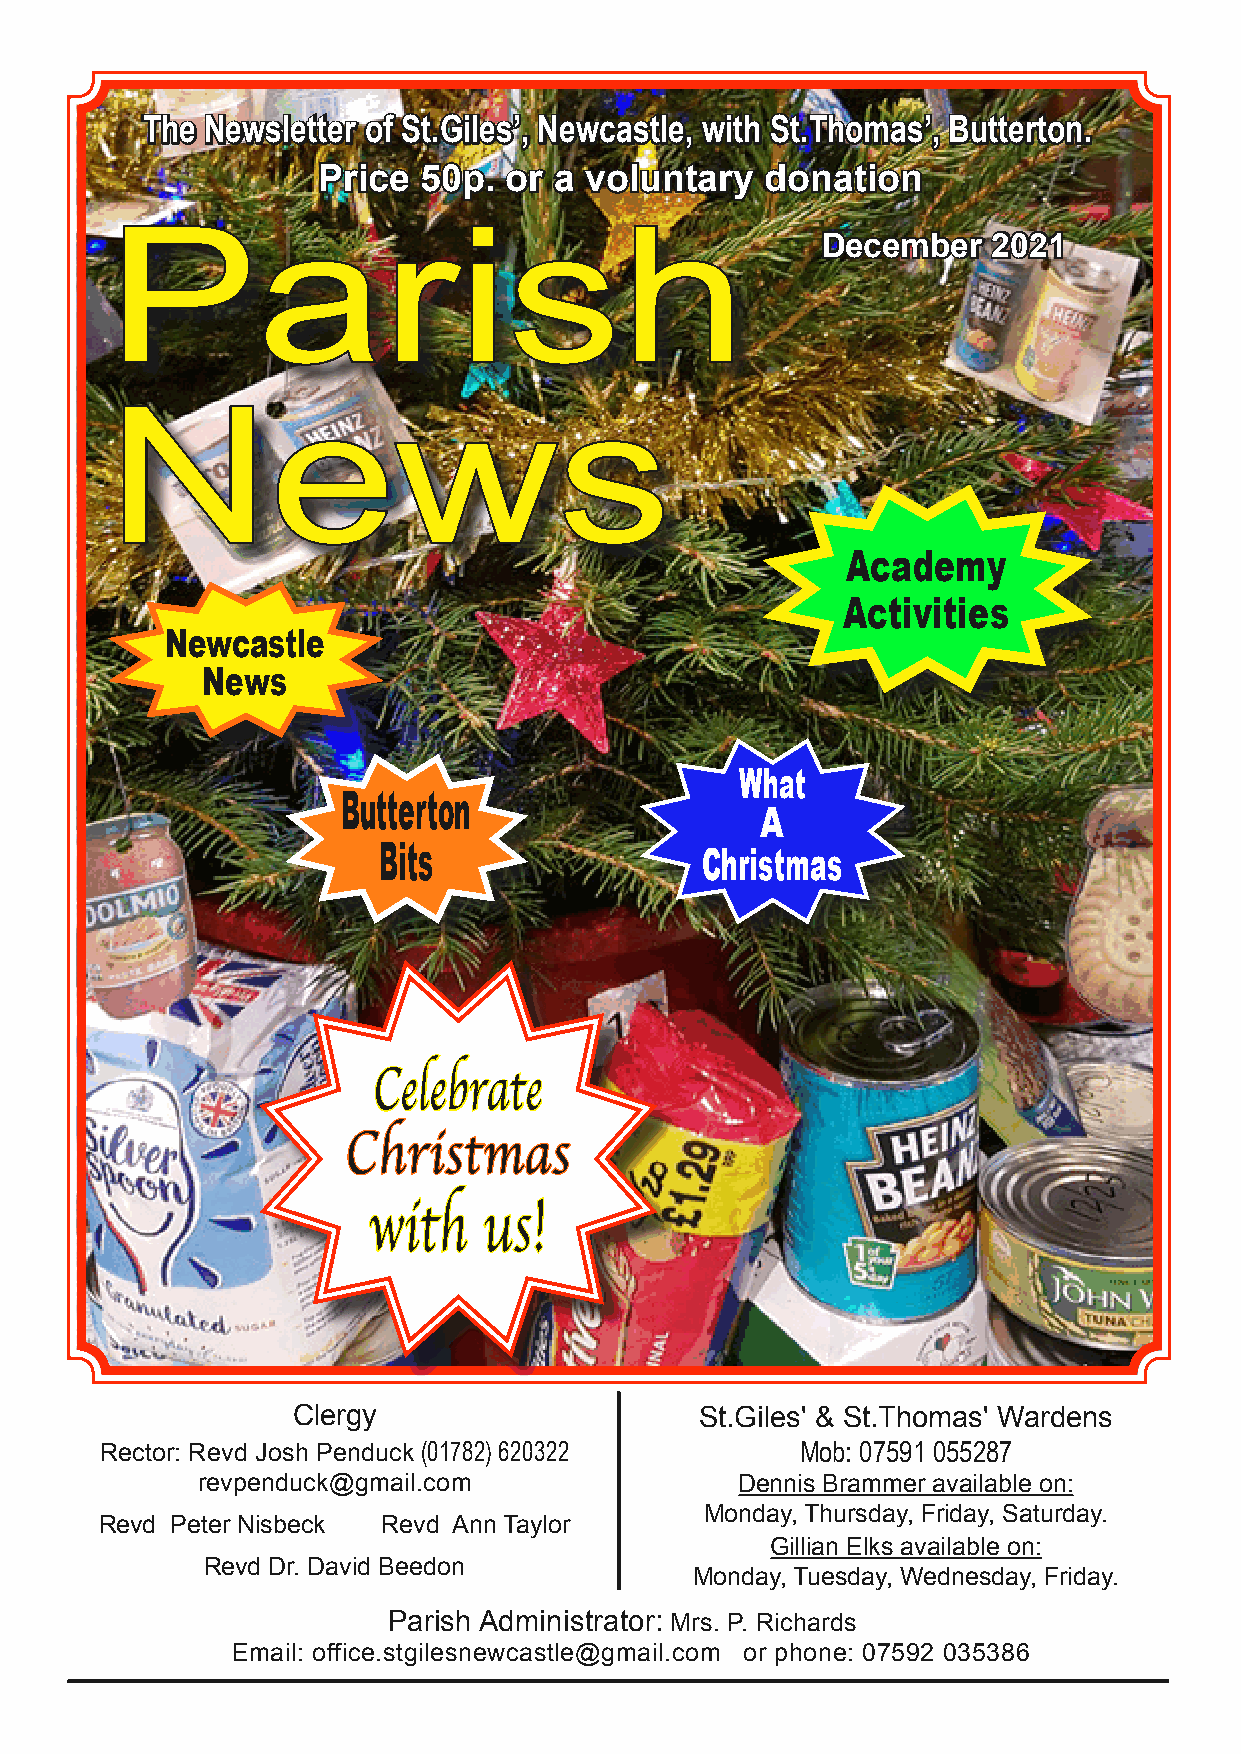
The  Newsletter of St.Giles’, Newcastle, with St.Thomas’, Butterton.
 Price  50p. or  a voluntary   donation
 Parish                                         December    2021
 News
 Academy
 Activities
 Newcastle
 News
 What
 Butterton
 A
 Bits                 Christmas
 Celebrate
 Christmas
 with    us!
 Clergy                     St.Giles' & St.Thomas' Wardens
 Rector: Revd Josh Penduck (01782) 620322      Mob: 07591 055287
 revpenduck@gmail.com                Dennis Brammer available on:
 Monday, Thursday, Friday, Saturday.
 Revd Peter Nisbeck Revd Ann Taylor
 Gillian Elks available on:
 Revd Dr. David Beedon
 Monday, Tuesday, Wednesday, Friday.
 Parish Administrator: Mrs. P. Richards
 Email: office.stgilesnewcastle@gmail.com or phone: 07592 035386
 Page 1